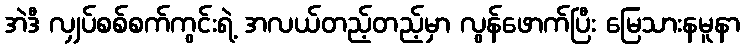
အဲဒီ လျှပ်စစ်စက်ကွင်းရဲ့ အလယ်တည့်တည့်မှာ လွန်ဖောက်ပြီး မြေသားနမူနာ